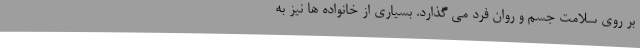
بر روی سلامت جسم و روان فرد می گذارد. بسیاری از خانواده ها نیز به